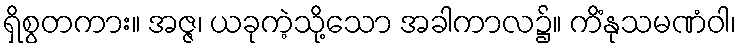
ရှိစွတကား။ အဇ္ဇ၊ ယခုကဲ့သို့သော အခါကာလ၌။ ကိံနုသမဏံဝါ၊